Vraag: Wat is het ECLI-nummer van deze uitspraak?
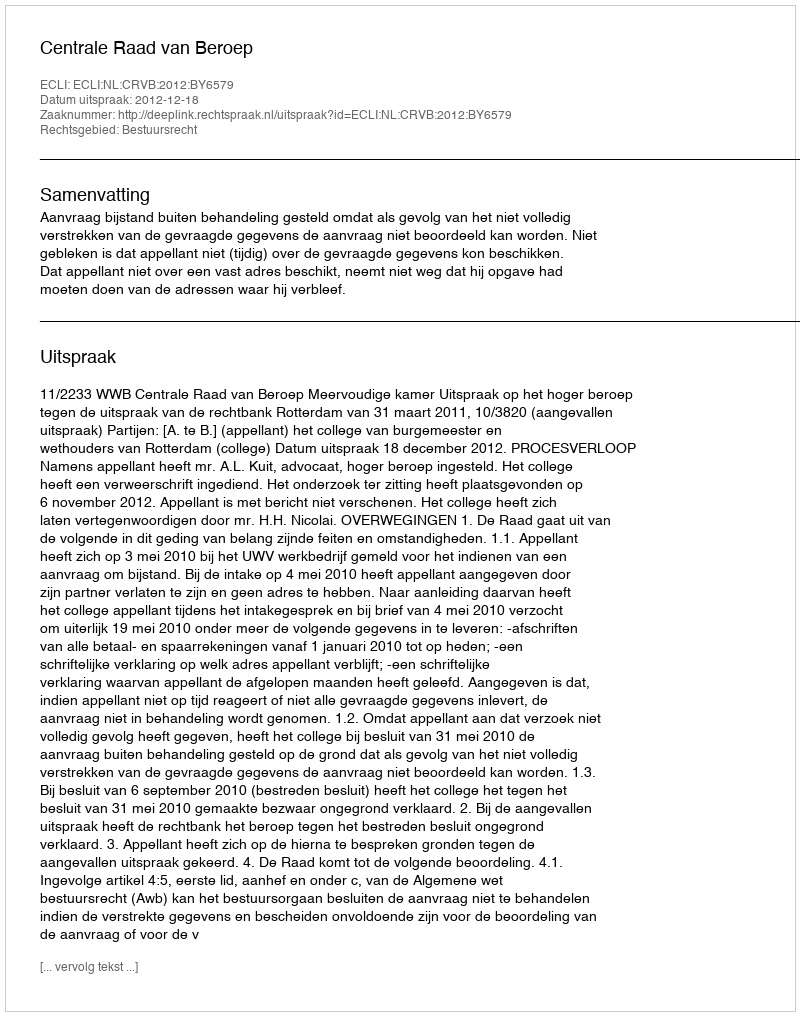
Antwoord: ECLI:NL:CRVB:2012:BY6579